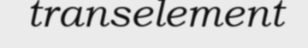
transelement